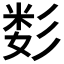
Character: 𰐫